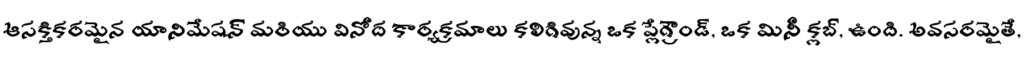
ఆసక్తికరమైన యానిమేషన్ మరియు వినోద కార్యక్రమాలు కలిగివున్న ఒక ప్లేగ్రౌండ్, ఒక మినీ క్లబ్, ఉంది. అవసరమైతే,